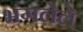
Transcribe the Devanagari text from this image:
भंगलेले